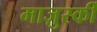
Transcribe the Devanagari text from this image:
माज़ुर्स्की